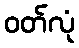
ဝတ်လုံ